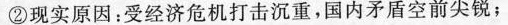
②现实原因：受经济危机打击沉重，国内矛盾空前尖锐；